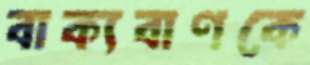
বাক্যবাণকে